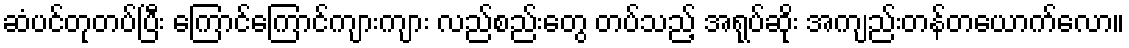
ဆံပင်တုတပ်ပြီး ကြောင်ကြောင်ကျားကျား လည်စည်းတွေ တပ်သည့် အရုပ်ဆိုး အကျည်းတန်တယောက်လော။